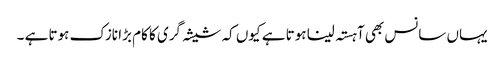
یہاں سانس بھی آہستہ لینا ہوتا ہے کیوں کہ شیشہ گری کا کام بڑا نازک ہوتا ہے ۔